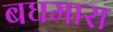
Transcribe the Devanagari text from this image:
बघमारा